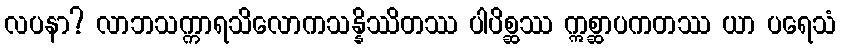
လပနာ? လာဘသက္ကာရသိလောကသန္နိဿိတဿ ပါပိစ္ဆဿ ဣစ္ဆာပကတဿ ယာ ပရေသံ